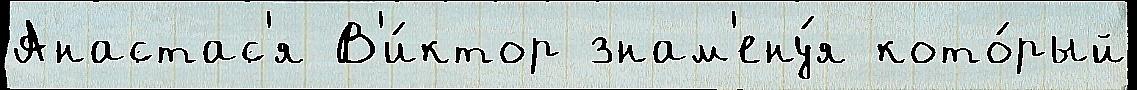
Анастас'я В'и́ктор знам'ену́я кото́рый